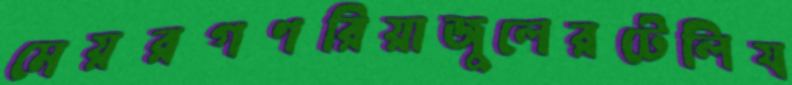
মেয়রগণরিয়াজুলেরটেলিয